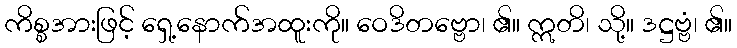
ကိစ္စအားဖြင့် ရှေ့နောက်အထူးကို။ ဝေဒိတဗ္ဗော၊ ၏။ ဣတိ၊ သို့။ ဒဋ္ဌဗ္ဗံ၊ ၏။